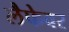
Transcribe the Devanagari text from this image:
लैफेवर